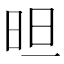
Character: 㫜